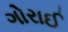
ગોરાઈ